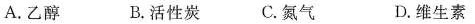
A.乙醇 B.活性炭C.氮气 D.维生素